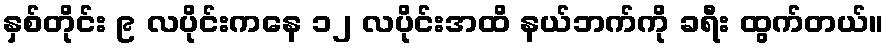
နှစ်တိုင်း ၉ လပိုင်းကနေ ၁၂ လပိုင်းအထိ နယ်ဘက်ကို ခရီး ထွက်တယ်။